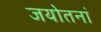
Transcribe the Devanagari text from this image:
जयोतनां